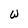
Character: W